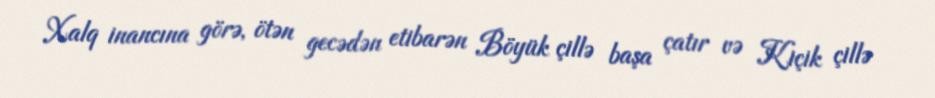
Xalq inancına görə, ötən gecədən etibarən Böyük çillə başa çatır və Kiçik çillə